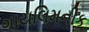
ગાયલિમનીક